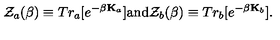
{ \cal Z } _ { a } ( \beta ) \equiv T r _ { a } [ e ^ { - \beta { \bf K } _ { a } } ] \mathrm { a n d } { \cal Z } _ { b } ( \beta ) \equiv T r _ { b } [ e ^ { - \beta { \bf K } _ { b } } ] .